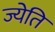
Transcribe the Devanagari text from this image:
ज्येति